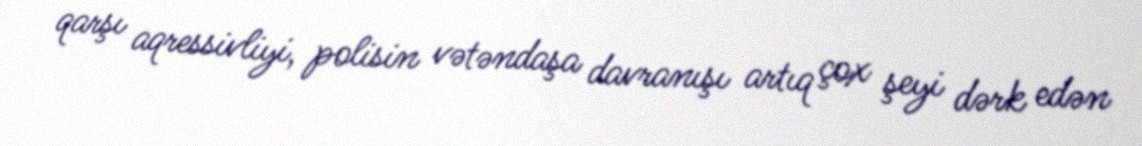
qarşı aqressivliyi, polisin vətəndaşa davranışı artıq çox şeyi dərk edən